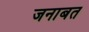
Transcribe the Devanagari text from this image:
जनाबत